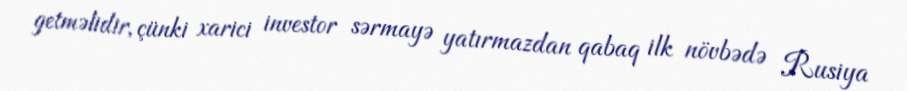
getməlidir, çünki xarici investor sərmayə yatırmazdan qabaq ilk növbədə Rusiya